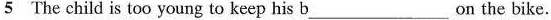
5 The child is too young to keep his b___ on the bike.